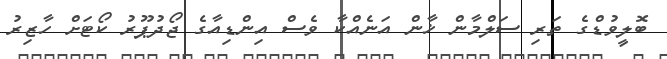
ބޮލީވުޑްގެ ތަރި ސަލްމާން ޚާން އަނެއްކާ ވެސް އިންޑިއާގެ ޖޯދުޕޫރު ކޯޓަށް ހާޒިރު